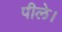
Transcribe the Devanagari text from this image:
पीले।